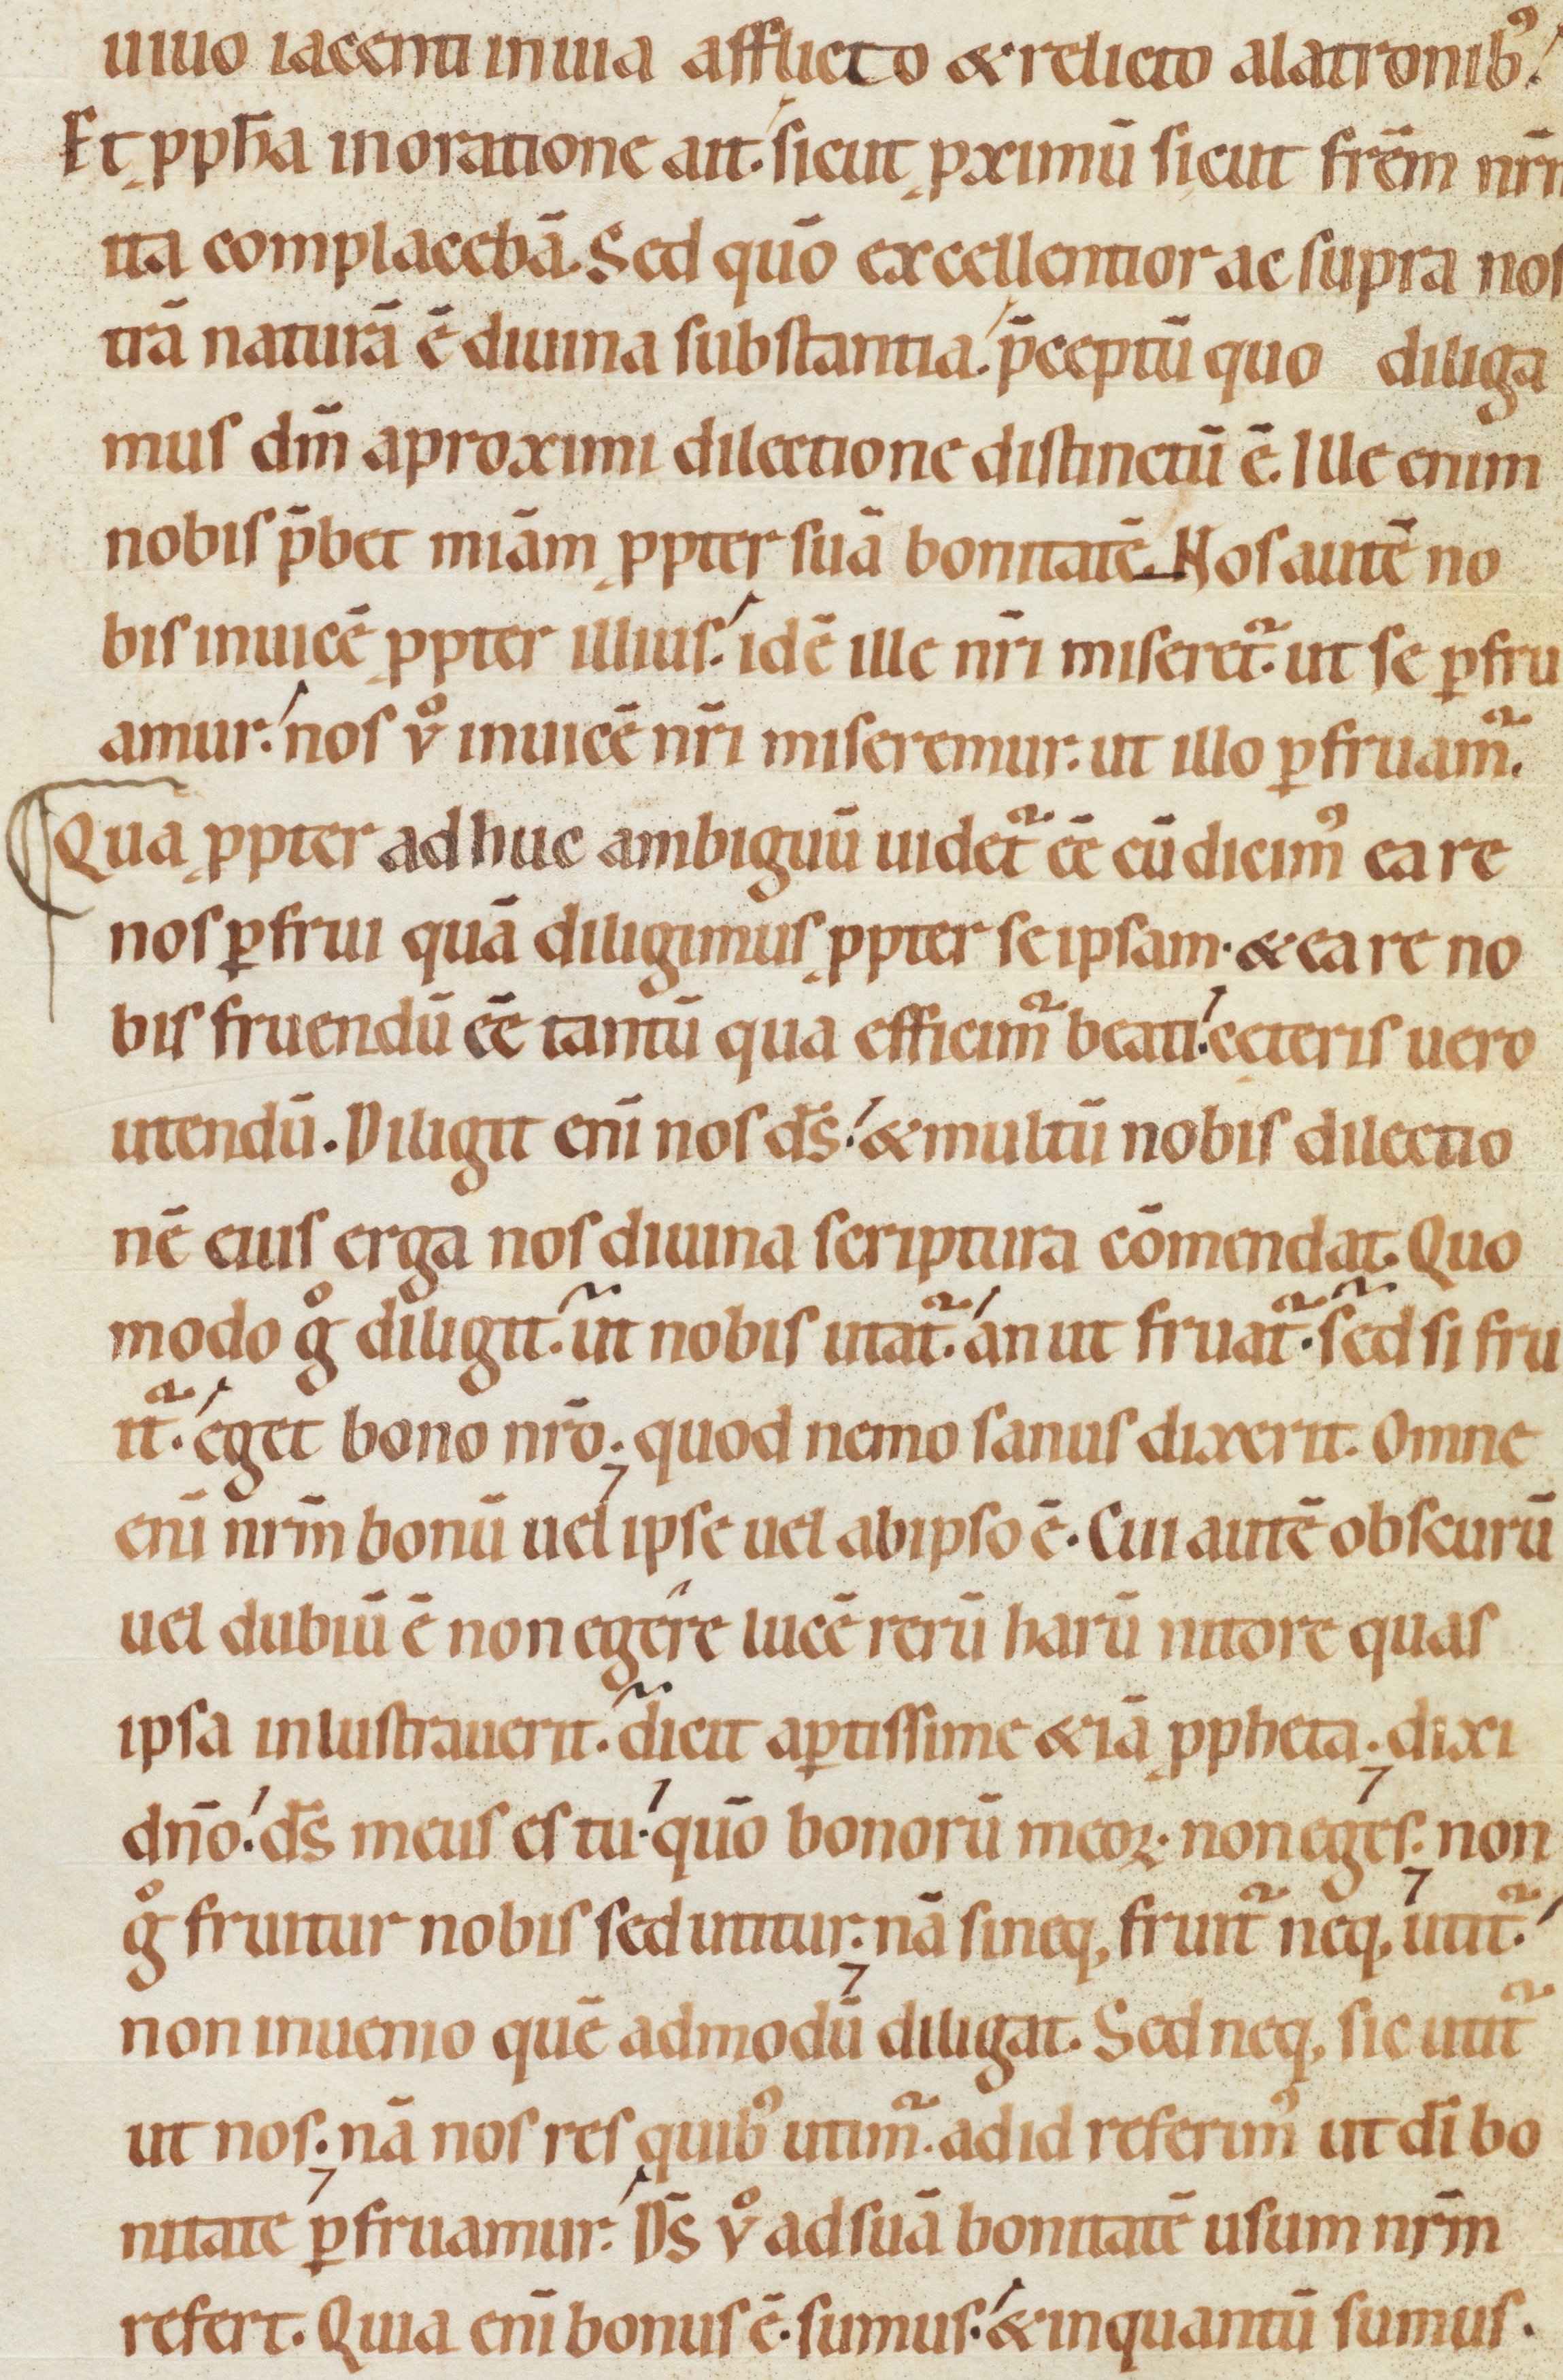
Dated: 1080–1096